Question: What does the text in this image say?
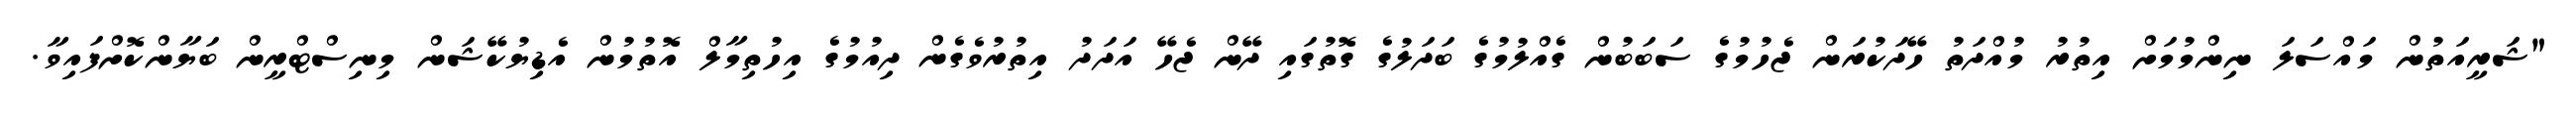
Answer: "ޝަރީއަތުން މައްސަލަ ނިންމުމަށް އިތުރު މުއްދަތު ހޭދަކުރަން ޖެހުމުގެ ސަބަބުން ގެއްލުމުގެ ބަދަލުގެ ގޮތުގައި ދޭން ޖެހޭ އަދަދު އިތުރުވެގެން ދިއުމުގެ އިހުތިމާލް އޮތުމުން އެޑިޔުކޭޝަން މިނިސްޓްރީން ބަޔާންކޮށްފައިވާ.